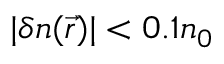
| \delta n ( \vec { r } ) | < 0 . 1 n _ { 0 }